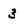
Character: 3